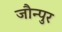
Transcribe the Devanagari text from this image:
जौन्पुर